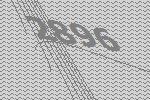
2896